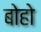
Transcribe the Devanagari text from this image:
बोहो